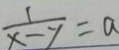
\frac { 1 } { x - y } = a